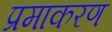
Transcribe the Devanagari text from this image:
प्रमाकरण